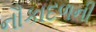
નૌકાદળની